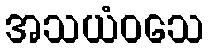
အသယံဝသေ